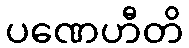
ပဏေဟီတိ